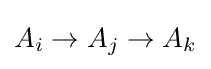
A_{i}\rightarrow A_{j}\rightarrow A_{k}